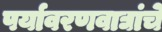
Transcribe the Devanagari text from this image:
पर्यावरणवाद्यांचे